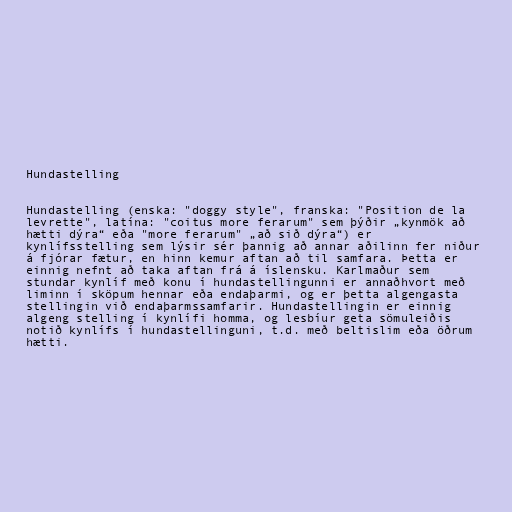
Hundastelling

Hundastelling (enska: "doggy style", franska: "Position de la
levrette", latína: "coitus more ferarum" sem þýðir „kynmök að
hætti dýra“ eða "more ferarum" „að sið dýra“) er
kynlífsstelling sem lýsir sér þannig að annar aðilinn fer niður
á fjórar fætur, en hinn kemur aftan að til samfara. Þetta er
einnig nefnt að taka aftan frá á íslensku. Karlmaður sem
stundar kynlíf með konu í hundastellingunni er annaðhvort með
liminn í sköpum hennar eða endaþarmi, og er þetta algengasta
stellingin við endaþarmssamfarir. Hundastellingin er einnig
algeng stelling í kynlífi homma, og lesbíur geta sömuleiðis
notið kynlífs í hundastellinguni, t.d. með beltislim eða öðrum
hætti.